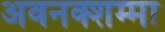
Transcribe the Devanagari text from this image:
अवनक्शम्मा